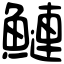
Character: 鰱